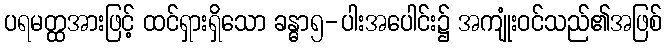
ပရမတ္ထအားဖြင့် ထင်ရှားရှိသော ခန္ဓာ၅-ပါးအပေါင်း၌ အကျုံးဝင်သည်၏အဖြစ်